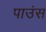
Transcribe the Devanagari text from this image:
पाउंस